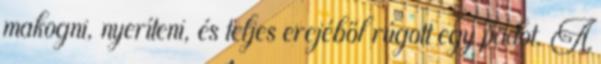
makogni, nyeríteni, és teljes erejéből rúgott egy padot. A